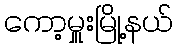
ကော့မှူးမြို့နယ်